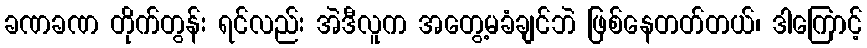
ခဏခဏ တိုက်တွန်း ရင်လည်း အဲဒီလူက အတွေ့မခံချင်ဘဲ ဖြစ်နေတတ်တယ်၊ ဒါကြောင့်